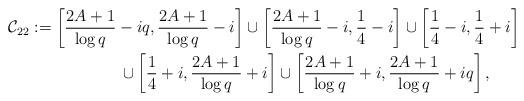
LaTeX: \begin{align*} & \mathcal{C}_{22} := \left[\frac{2A+1}{\log q}-iq,\frac{2A+1}{\log q}-i\right]\cup \left[\frac{2A+1}{\log q}-i,\frac{1}{4}-i\right] \cup \left[\frac{1}{4}-i,\frac{1}{4}+i\right] \\ & \hskip80pt \cup \left[\frac{1}{4}+i,\frac{2A+1}{\log q}+i\right] \cup \left[\frac{2A+1}{\log q}+i,\frac{2A+1}{\log q}+iq\right], \end{align*}